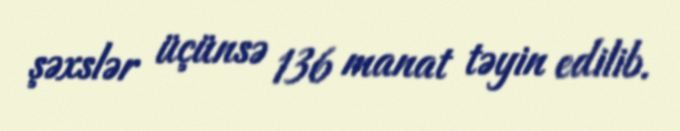
şəxslər üçünsə 136 manat təyin edilib.